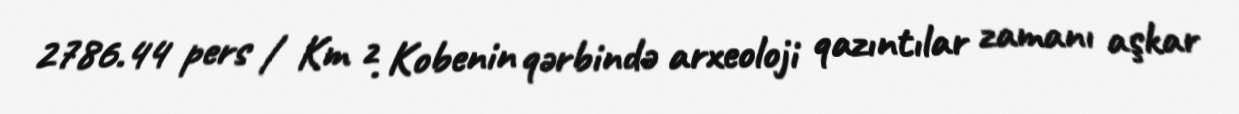
2786.44 pers / Km ². Kobenin qərbində arxeoloji qazıntılar zamanı aşkar